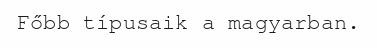
Főbb típusaik a magyarban.